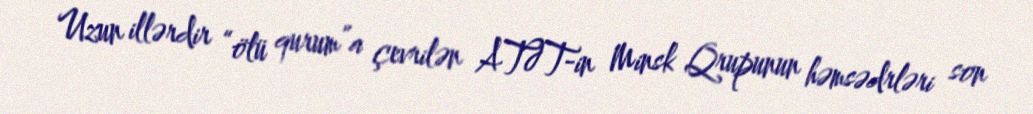
Uzun illərdir “ölü qurum”a çevrilən ATƏT-in Minsk Qrupunun həmsədrləri son